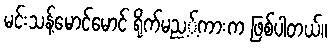
မင်းသန့်မောင်မောင် ရိုက်မည့့်ကားက ဖြစ်ပါတယ်။